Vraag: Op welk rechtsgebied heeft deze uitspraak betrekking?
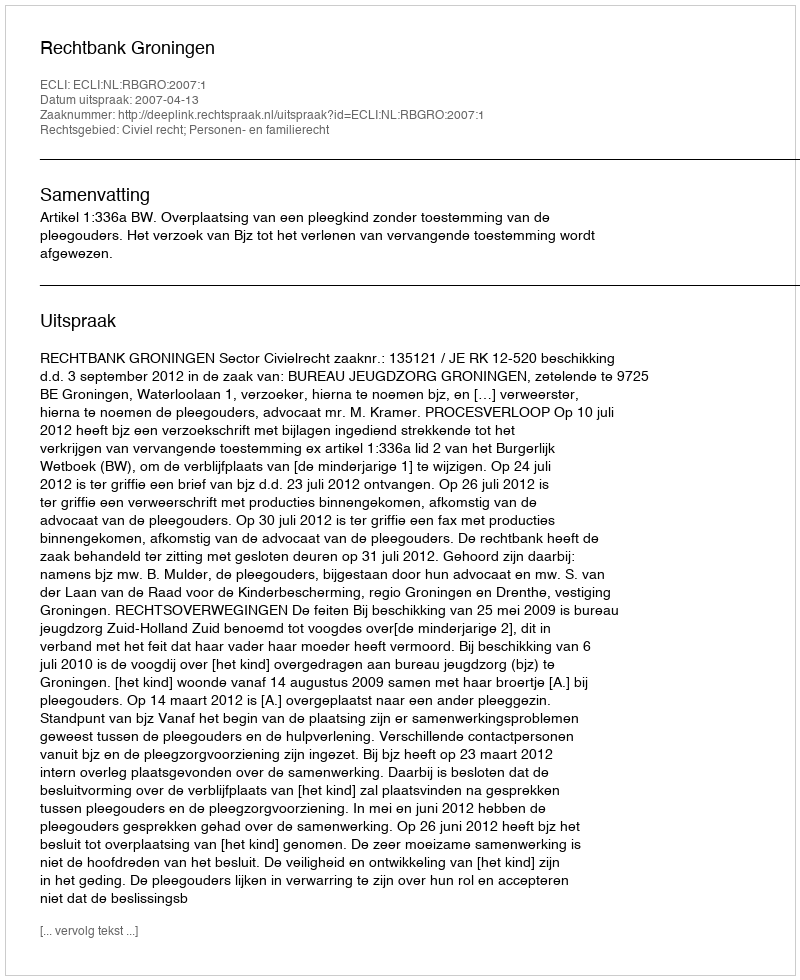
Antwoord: Civiel recht; Personen- en familierecht